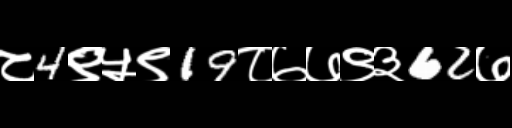
Text: ८4९५९19८७७९३62७